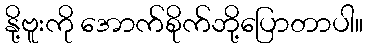
နို့ဗူးကို အောက်စိုက်ဘို့ပြောတာပါ။